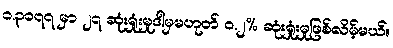
၁.၃၀၇၇ မှာ ၂၇ ဆုံးရှုံးမှုဒါမှမဟုတ် ၀.၂% ဆုံးရှုံးမှုဖြစ်လိမ့်မယ်။